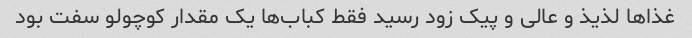
غذا‌ها لذیذ و عالی و پیک زود رسید فقط کباب‌ها یک مقدار کوچولو سفت بود